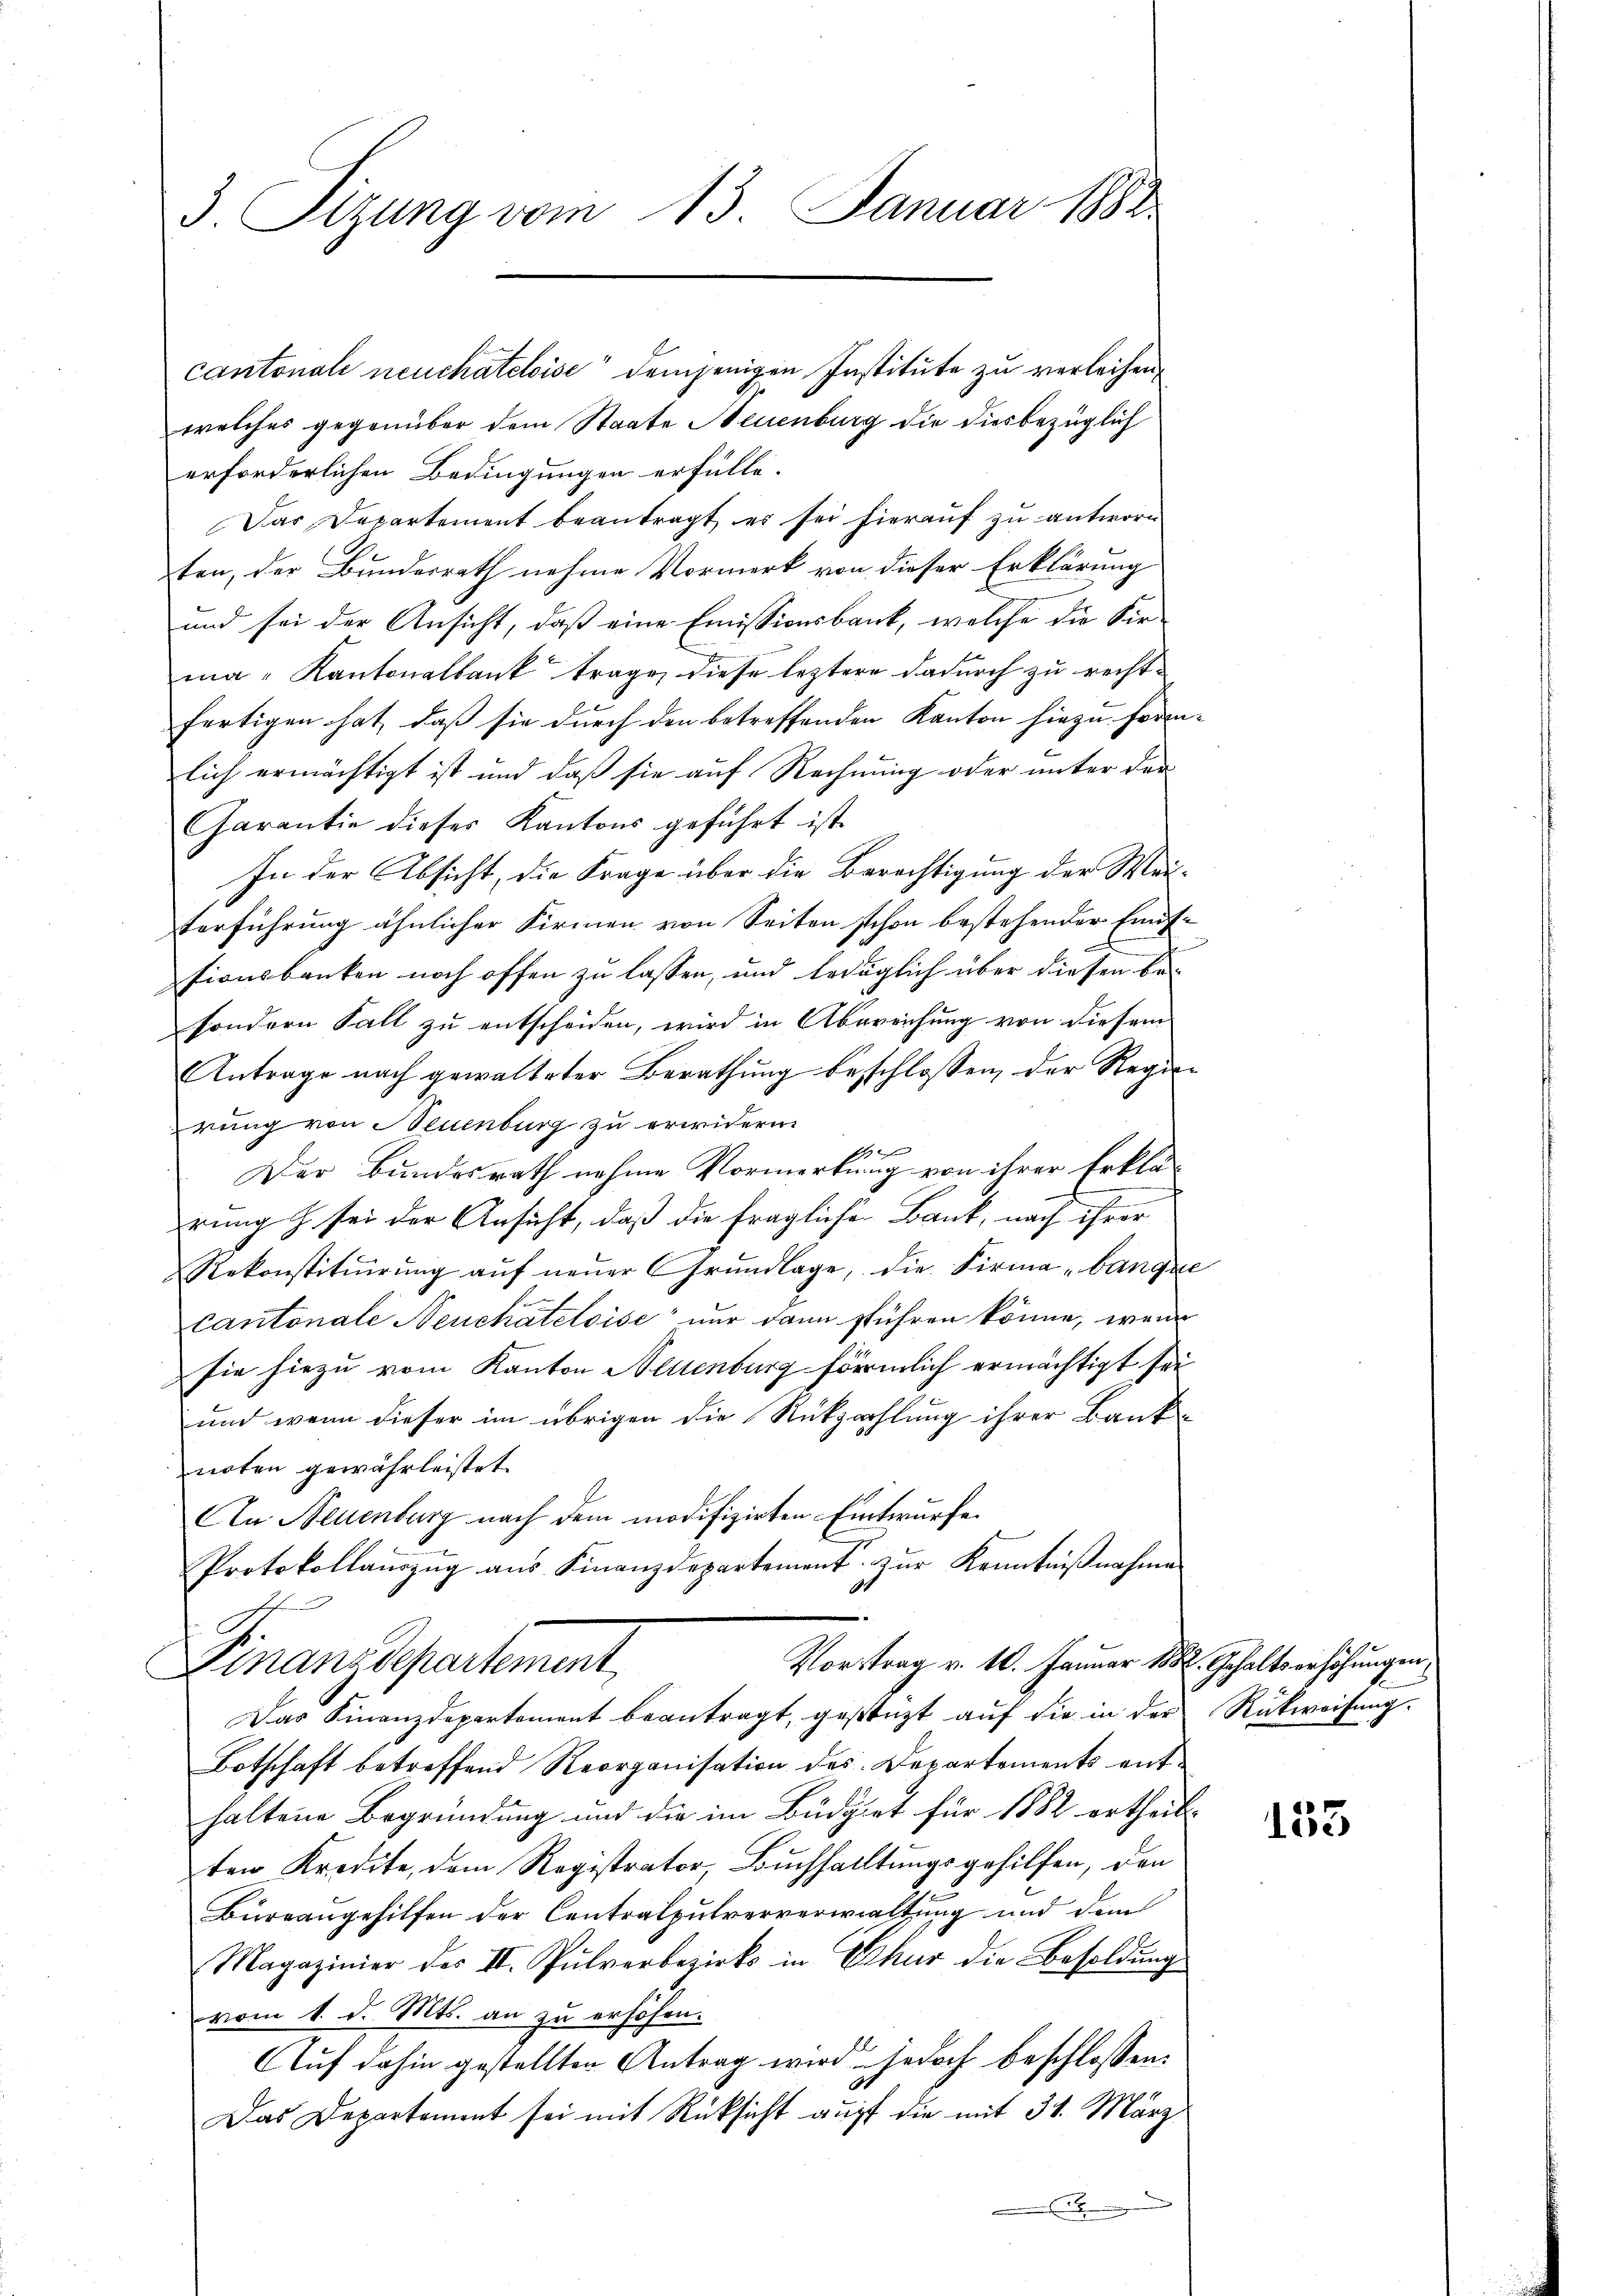
3. Sizung vom 13. Januar 1882

cantonale neuchateloise demjenigen Institute zu verleihen,
welches gegenüber dem Staate Neuenburg die diesbezüglich
erforderlichen Bedingungen erfülle.
Das Departement beantragt, er sei hierauf zu antworten, der Bundesrath nahme Vormerk von dieser Erklärung
und sei der Ansicht, daß eine Emissionsbank, welche die Sir-
ma-Kantonalbank trage, diese leztere dadurch zu recht-
fertigen hat, daß sie durch den betreffenden Kanton hiezu förmlich ermächtigt ist und daß sie auf Rechnung oder unter der
Garantie dieses Kantons geführt ist.
In der Absicht, die Frage über die Berechtigung der Meiterführung ähnlicher Firmen von Seiten schon bestehender Eidssionsbanken noch offen zu lassen, und Erdäglich über diesen be-
sondern Fall zu entscheiden, wird in Übereichung von diesem
Antrage nach gewalteter Berathung beschlossen, der Regierung von Neuenburg zu erwidern.
f 0 x
Der Bundesrath nahme Vormerkung von ihrer Erklär
rung sei der Ansicht, daß die fragliche Bank, nach ihrer
Rekonstitŭirŭng aŭf neŭer Grŭndlage, die Firma „bangze
cantonale Neuchâteloise nur dann sführen könne, wenn
sie hiezu vom Kanton Neuenburg förmlich ermächtigt sei
und wenn dieser im übrigen die Rückzahlung ihrer Bank-
noten gewährleistet.
An Neuenburg nach dem modifizirten Entwurfe
Protokollauszug aus Finanzdepartement zur Kenntnißnahme
Vortrag v. 10. Januar 1882. Gehaltserhöhungen
Finanzdepartement
Das Finanzdepartement beantragt, gestüzt aŭf die in der Rückweisŭng.
Botschaft betreffend Reorganisation des Departements enthaltene Begründung und die im Büdget für 1882 ertheil-
ten Kredite, dem Registrator, Buchhalltŭngsgehilfen, den
Bürgangehilfen der Contralpulververwaltung und dem
Magazinier der II. Pulverbezirks in Erkur die Besoldung
vom 1. d. Mts. an zu erhöhen.
Auf dahin gestellten Antrag wird jedoch beschlossen:
Das Departement sei mit Rücksicht auf die mit 34. März

153